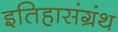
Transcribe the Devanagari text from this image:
इतिहासंग्रंथ